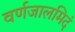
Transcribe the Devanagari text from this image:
वर्णजालमिदं